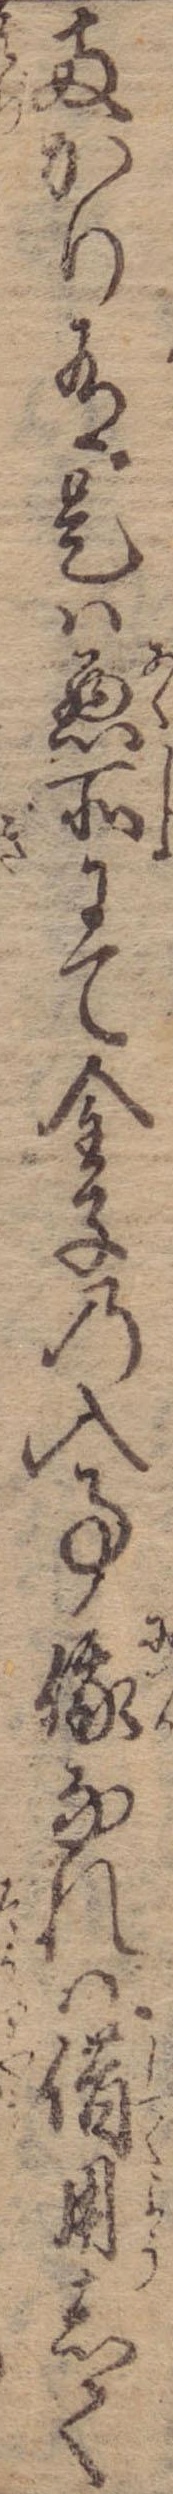
両かり有是は悪所にて金子の入事峨なれば借用して